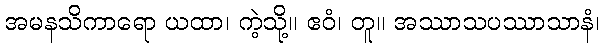
အမနသိကာရော ယထာ၊ ကဲ့သို့။ ဧဝံ၊ တူ။ အဿာသပဿာသာနံ၊